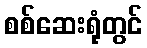
စစ်ဆေးရုံတွင်